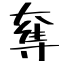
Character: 奪